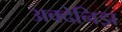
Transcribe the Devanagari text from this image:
अक्देनिझ